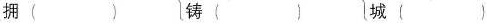
拥( ) 铸( ) 城( )